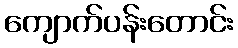
ကျောက်ပန်းတောင်း